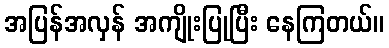
အပြန်အလှန် အကျိုးပြုပြီး နေကြတယ်။